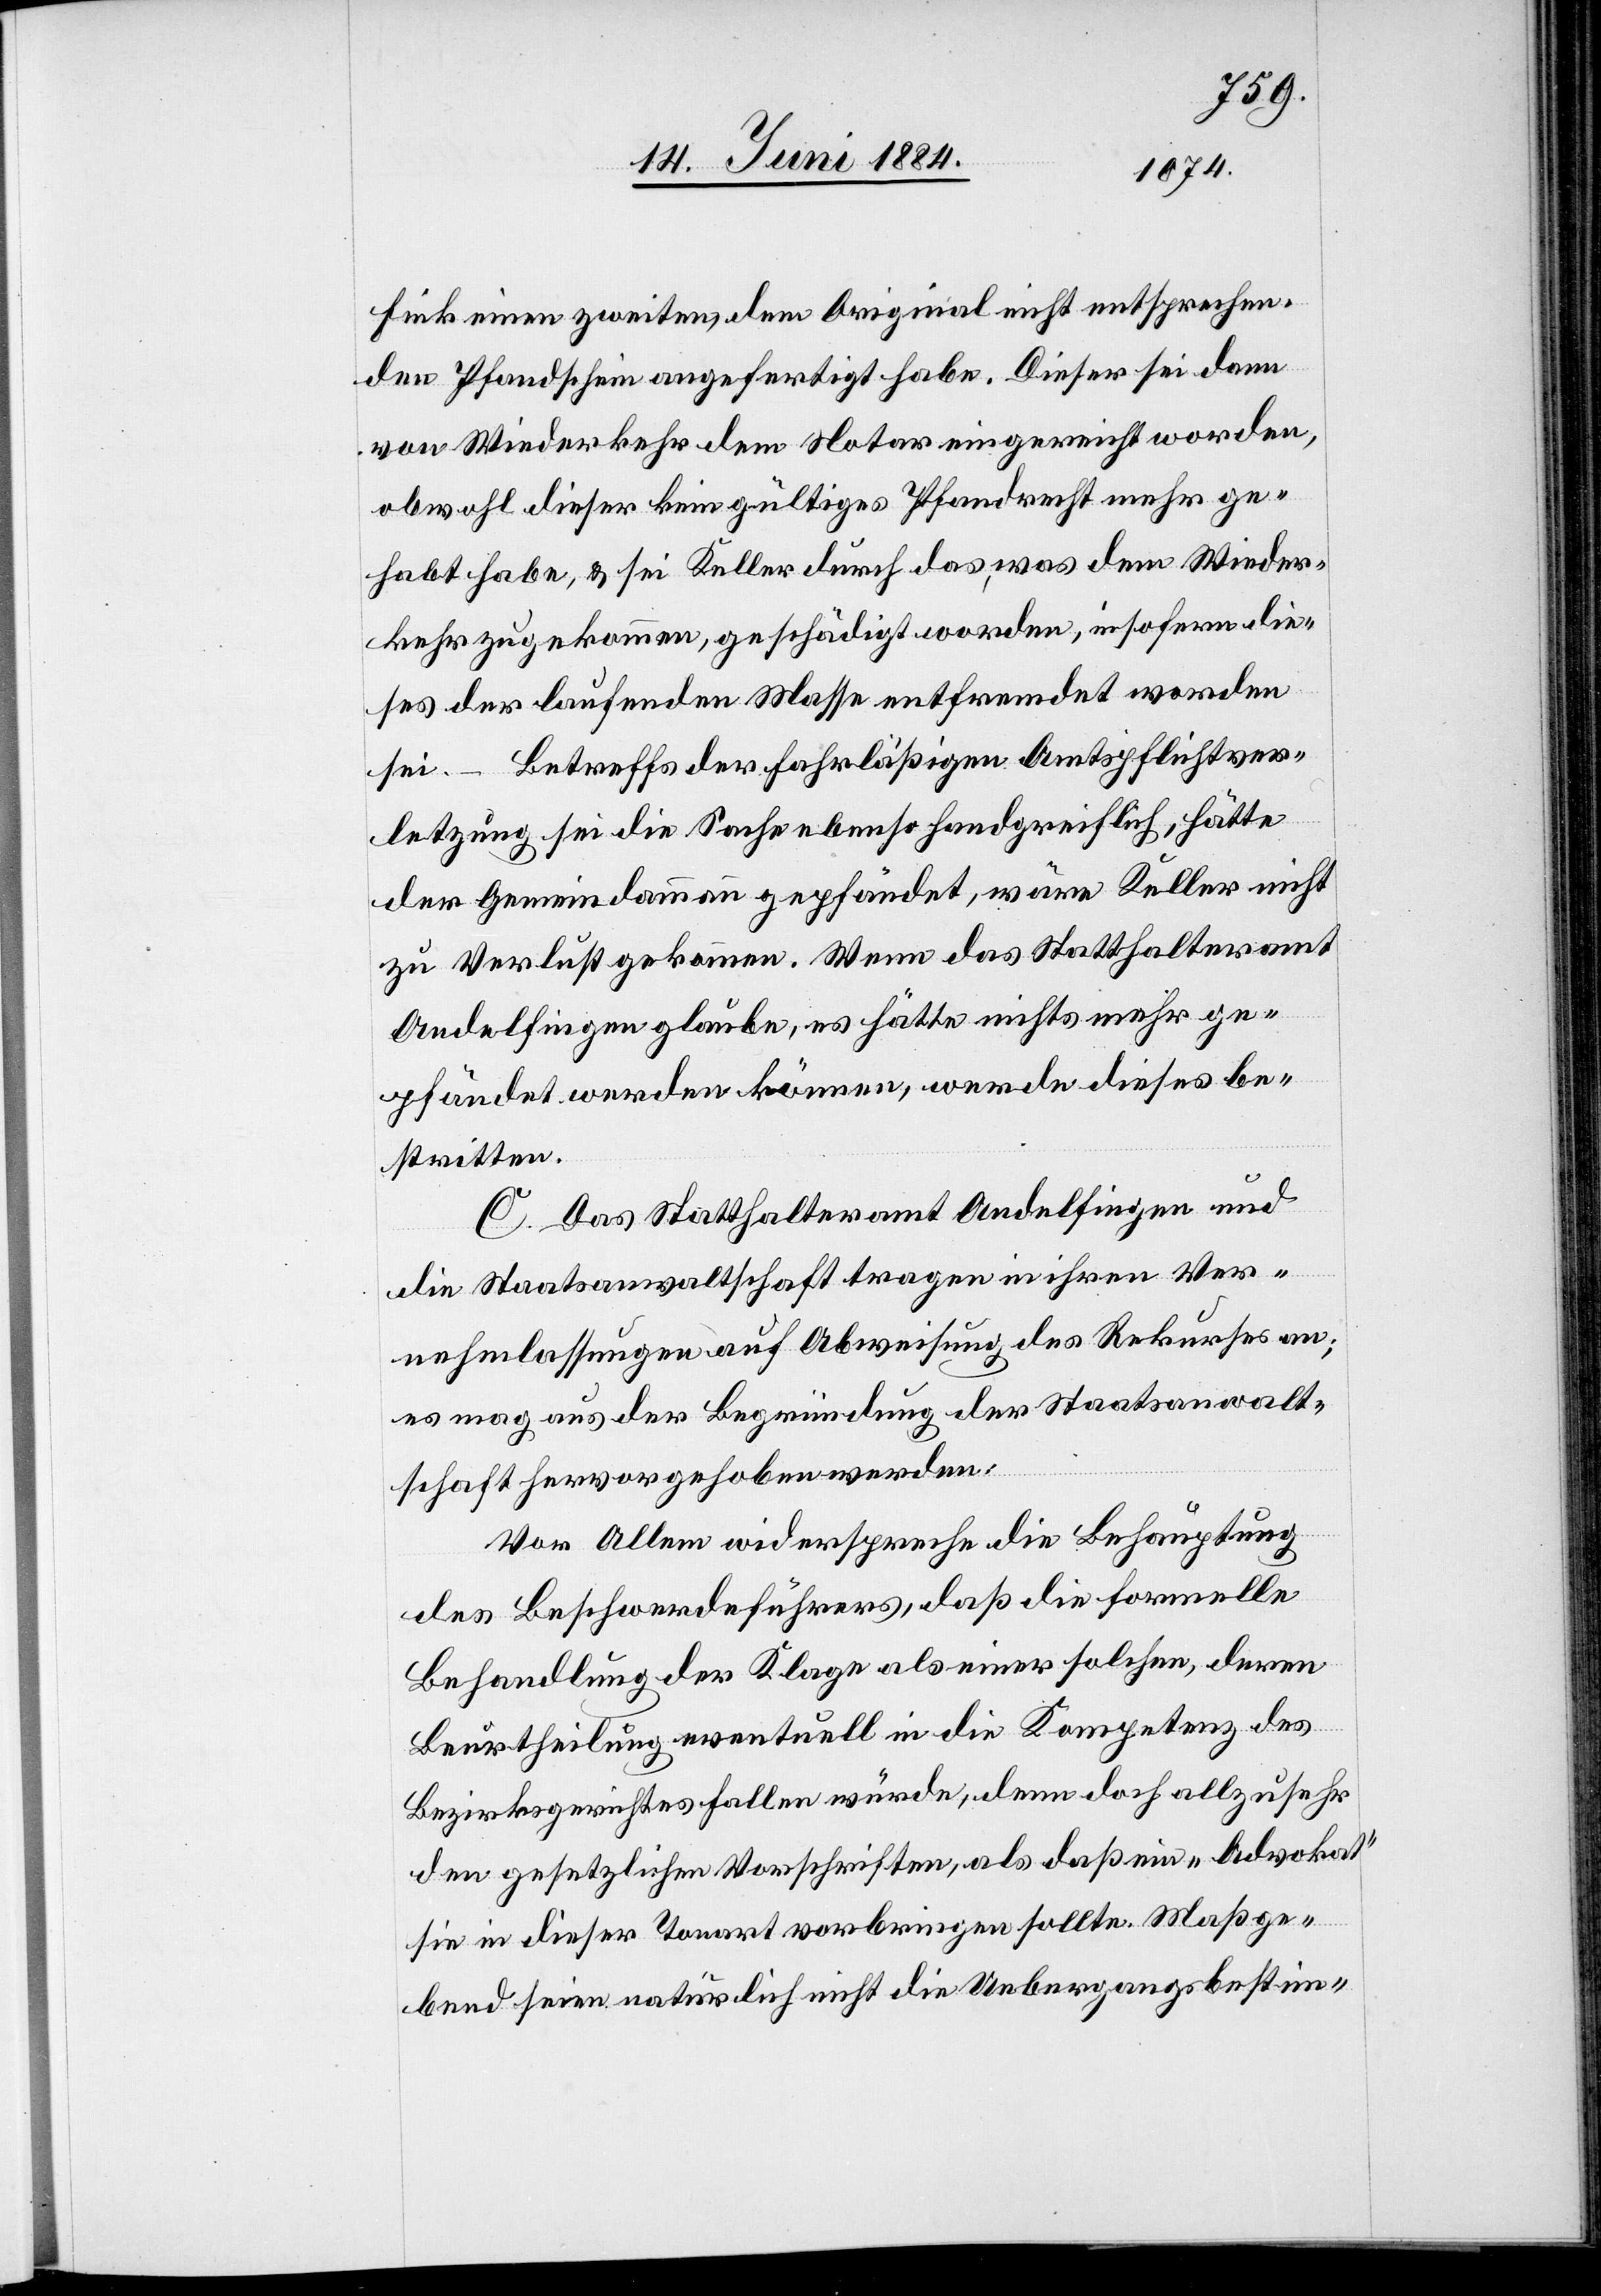
Fink einen zweiten dem Original nicht entsprechen¬
den Pfandschein angefertigt habe. Dieser sei dann
von Wiederkehr dem Notar eingereicht worden,
obwohl dieser kein gültiges Pfandrecht mehr ge¬
habt habe, & sei Keller durch das, was dem Wieder¬
kehr zugekommen, geschädigt worden, insofern die¬
ses der laufenden Masse entfremdet worden
sei. – Betreffs der fahrläßigen Amtspflichtver¬
letzung sei die Sache ebenso handgreiflich, hätte
der Gemeindammann gepfändet, wäre Keller nicht
zu Verlust gekommen. Wenn das Statthalteramt
Andelfingen glaube, es hätte nichts mehr ge¬
pfändet werden können, werde dieses be¬
stritten.
C. Das Statthalteramt Andelfingen und
die Staatsanwaltschaft tragen in ihren Ver¬
nehmlassungen auf Abweisung des Rekurses an;
es mag aus der Begründung der Staatsanwalt¬
schaft hervorgehoben werden:
Vor Allem widerspreche die Behauptung
des Beschwerdeführers, daß die formelle
Behandlung der Klage als einer solchen, deren
Beurtheilung eventuell in die Kompetenz des
Bezirksgerichtes fallen würde, denn [sic!] doch allzusehr
den gesetzlichen Vorschriften, als daß ein „Advokat“
sie in dieser Tonart vorbringen sollte. Maßge¬
bend seien natürlich nicht die Uebergangsbestim-